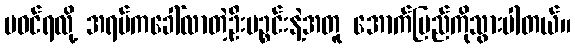
မဝင်ရလို့ အရပ်ကခေါ်လာတဲ့ဦးပဉ္စင်းနဲ့အတူ အောက်ပြည်ကိုသွားပါတယ်။